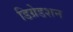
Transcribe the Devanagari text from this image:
डिग्रेडशन